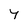
Character: 4